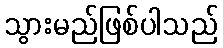
သွားမည်ဖြစ်ပါသည်